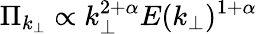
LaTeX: \Pi_{k_{\perp}}\propto k_{\perp}^{2+\alpha}E(k_{\perp})^{1+\alpha}